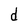
Character: d